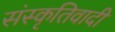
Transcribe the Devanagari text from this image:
संस्कृतिवादी